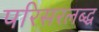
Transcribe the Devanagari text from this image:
परिसरलब्द्ध